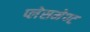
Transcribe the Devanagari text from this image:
प्लेसमेण्ट